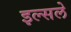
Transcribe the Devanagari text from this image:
इल्सले